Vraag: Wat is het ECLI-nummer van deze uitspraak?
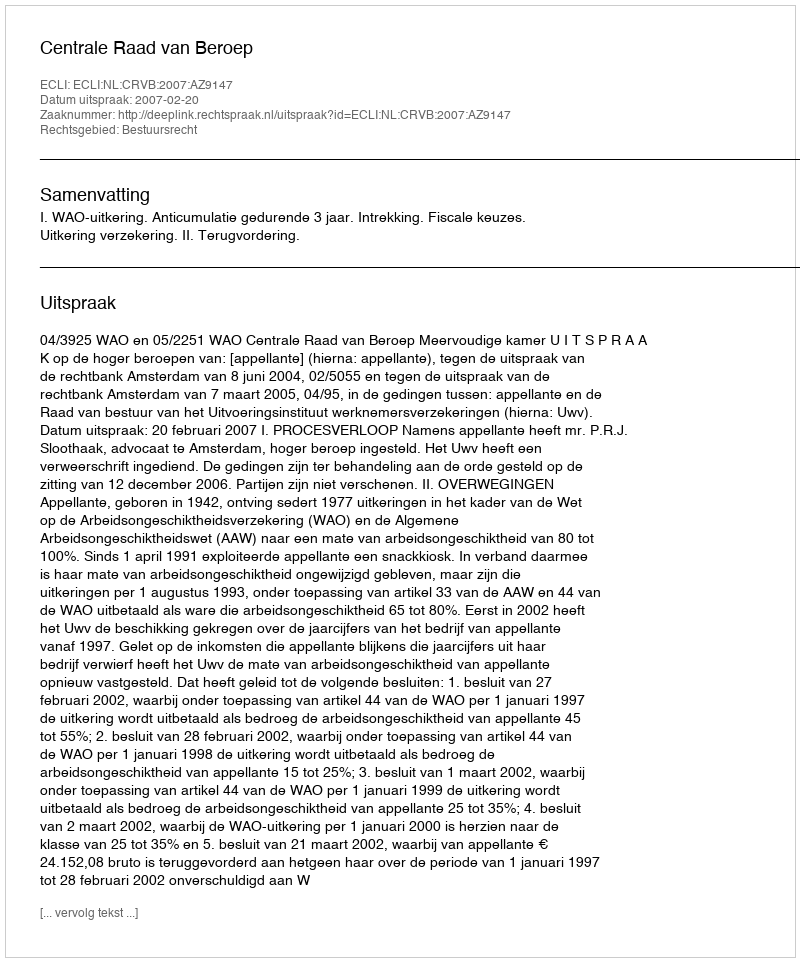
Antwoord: ECLI:NL:CRVB:2007:AZ9147